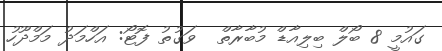
ގައުމީ 8 ބޯލް ބިލިއާޑް މުބާރާތް  ވަގުތު ފޮޓޯ: އަހްމަދު މަމްދޫހު